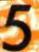
5